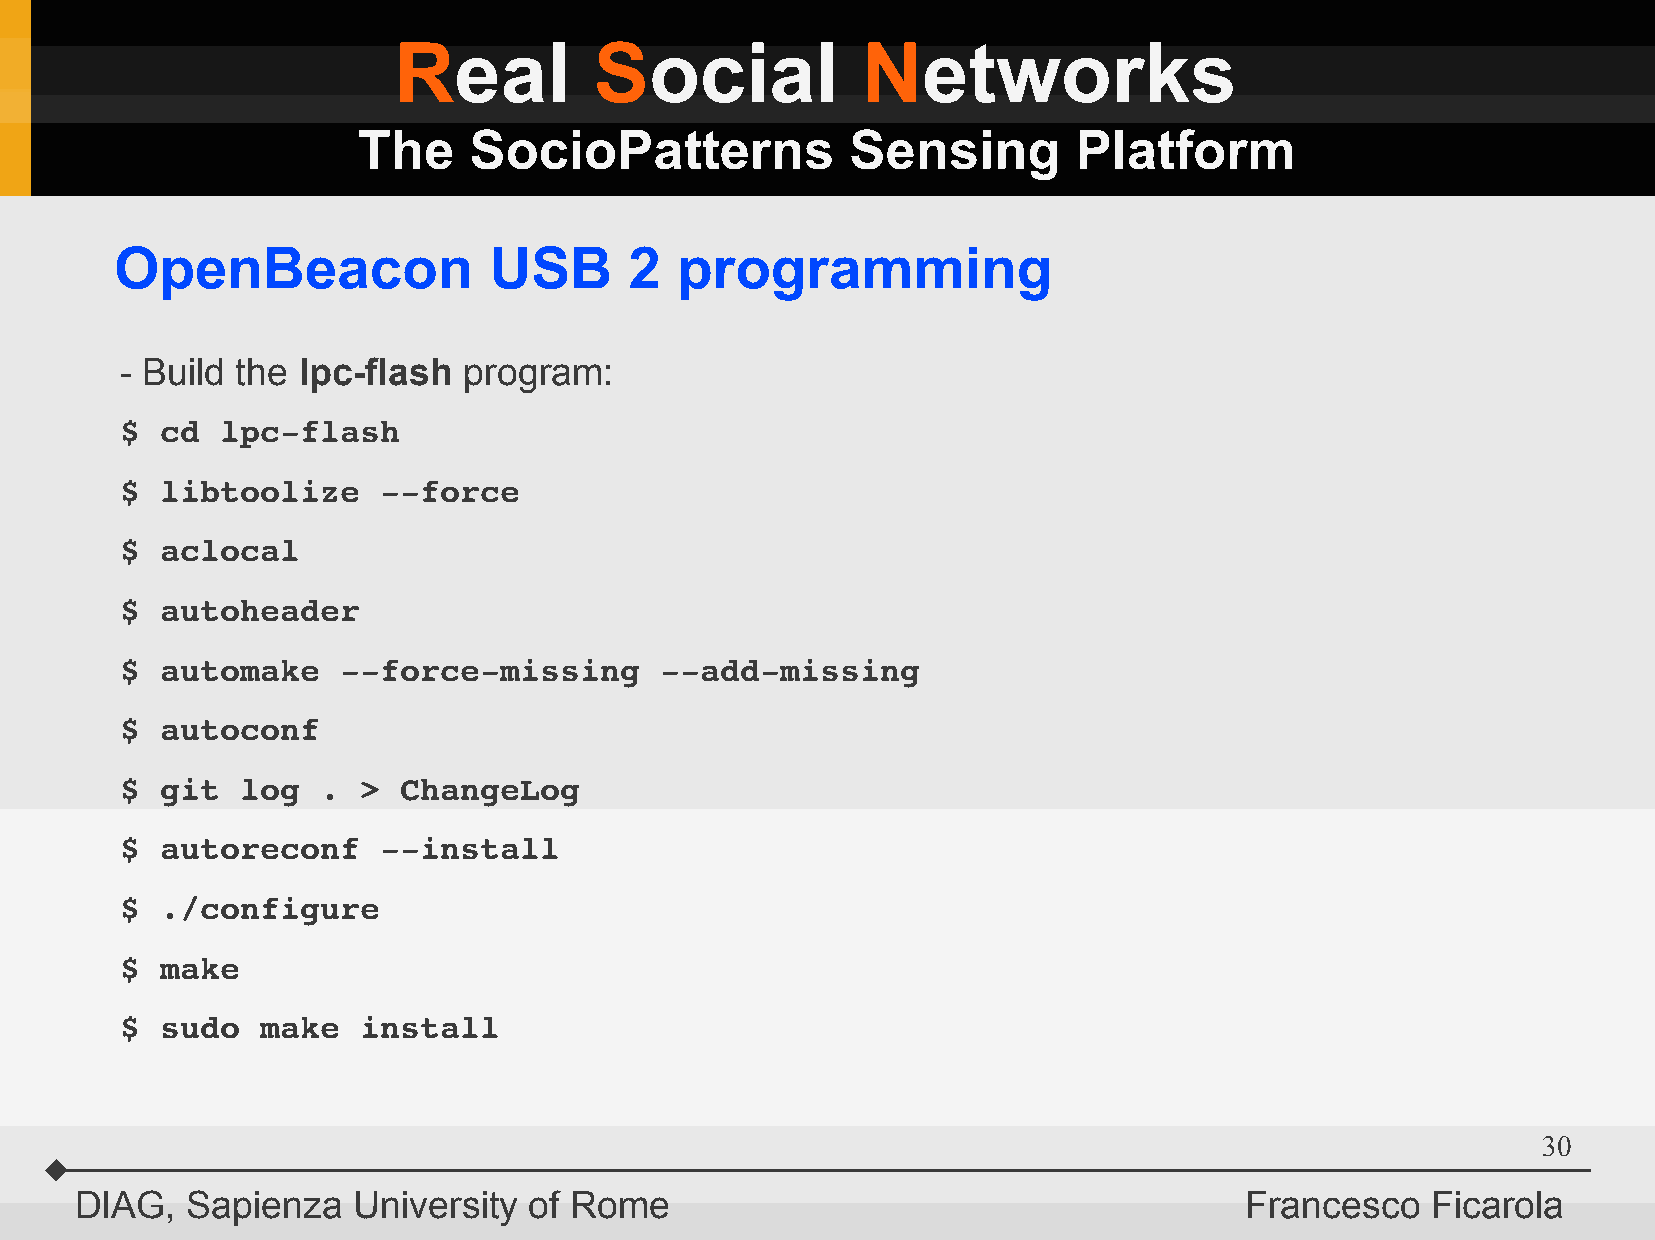
Real         Social            Networks
 The    SocioPatterns            Sensing        Platform
 OpenBeacon              USB       2  programming
 - Build the lpc-flash  program:
 $  cd  lpc­flash
 $  libtoolize    ­­force
 $  aclocal
 $  autoheader
 $  automake   ­­force­missing       ­­add­missing
 $  autoconf
 $  git  log  .  > ChangeLog
 $  autoreconf    ­­install
 $  ./configure
 $  make
 $  sudo  make   install
 30
 DIAG,  Sapienza   University  of Rome                                        Francesco    Ficarola